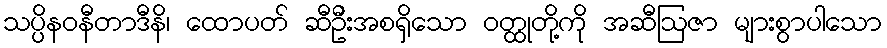
သပ္ပိနဝနီတာဒီနိ၊ ထောပတ် ဆီဦးအစရှိသော ဝတ္ထုတို့ကို အဆီဩဇာ များစွာပါသော